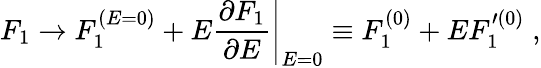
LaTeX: F_{1}\rightarrow F_{1}^{(E=0)}+E\left.{\frac{\partial F_{1}}{\partial E}}\right\vert_{E=0}\equiv F_{1}^{(0)}+EF_{1}^{\prime(0)}\; ,